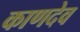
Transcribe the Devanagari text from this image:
काणदेव